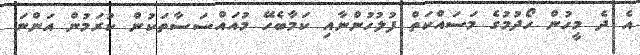
އެ ދެ މީހުން ހޯދުމުގެ މަސައްކަތް ފުލުހުންނާއި ކަމާބެހޭ މުއައްސަސާތަކުން ކުރަމުން އަންނަ